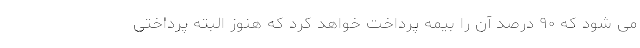
می شود که ۹۰ درصد آن را بیمه پرداخت خواهد کرد که هنوز البته پرداختی